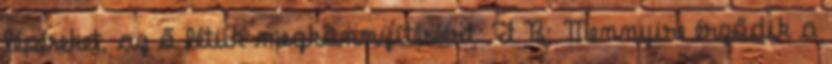
lépéseket, az ő létük megkönnyítéséért. F.B: Mennyire érződik a